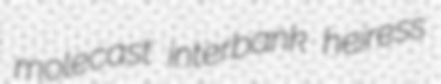
molecast interbank heiress